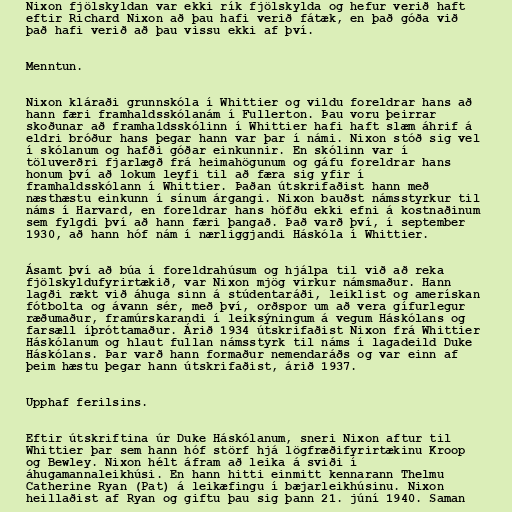
Nixon fjölskyldan var ekki rík fjölskylda og hefur verið haft
eftir Richard Nixon að þau hafi verið fátæk, en það góða við
það hafi verið að þau vissu ekki af því.

Menntun.

Nixon kláraði grunnskóla í Whittier og vildu foreldrar hans að
hann færi framhaldsskólanám í Fullerton. Þau voru þeirrar
skoðunar að framhaldsskólinn í Whittier hafi haft slæm áhrif á
eldri bróður hans þegar hann var þar í námi. Nixon stóð sig vel
í skólanum og hafði góðar einkunnir. En skólinn var í
töluverðri fjarlægð frá heimahögunum og gáfu foreldrar hans
honum því að lokum leyfi til að færa sig yfir í
framhaldsskólann í Whittier. Þaðan útskrifaðist hann með
næsthæstu einkunn í sínum árgangi. Nixon bauðst námsstyrkur til
náms í Harvard, en foreldrar hans höfðu ekki efni á kostnaðinum
sem fylgdi því að hann færi þangað. Það varð því, í september
1930, að hann hóf nám í nærliggjandi Háskóla í Whittier.

Ásamt því að búa í foreldrahúsum og hjálpa til við að reka
fjölskyldufyrirtækið, var Nixon mjög virkur námsmaður. Hann
lagði rækt við áhuga sinn á stúdentaráði, leiklist og amerískan
fótbolta og ávann sér, með því, orðspor um að vera gífurlegur
ræðumaður, framúrskarandi í leiksýningum á vegum Háskólans og
farsæll íþróttamaður. Árið 1934 útskrifaðist Nixon frá Whittier
Háskólanum og hlaut fullan námsstyrk til náms í lagadeild Duke
Háskólans. Þar varð hann formaður nemendaráðs og var einn af
þeim hæstu þegar hann útskrifaðist, árið 1937.

Upphaf ferilsins.

Eftir útskriftina úr Duke Háskólanum, sneri Nixon aftur til
Whittier þar sem hann hóf störf hjá lögfræðifyrirtækinu Kroop
og Bewley. Nixon hélt áfram að leika á sviði í
áhugamannaleikhúsi. En hann hitti einmitt kennarann Thelmu
Catherine Ryan (Pat) á leikæfingu í bæjarleikhúsinu. Nixon
heillaðist af Ryan og giftu þau sig þann 21. júní 1940. Saman